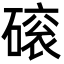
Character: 磙